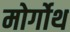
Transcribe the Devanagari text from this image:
मोर्गोथ